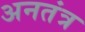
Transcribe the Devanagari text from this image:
अनतंत्र